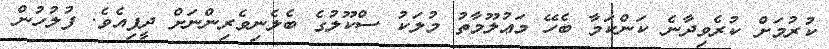
ކުރުމަށް ކުރެވިދާނެ ކަންކަމާ ބެހޭ މަޢުލޫމާތު މުލަކު ސްކޫލުގެ ބެލެނިވެރިންނަށް ދީފިއެވެ. ފުލުހުން